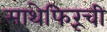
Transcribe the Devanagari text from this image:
माथेफिरूंची